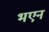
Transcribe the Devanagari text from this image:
भएन